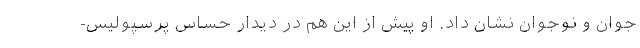
جوان و نوجوان نشان داد. او پیش از این هم در دیدار حساس پرسپولیس-